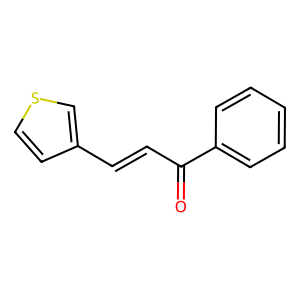
SMILES: O=C(C=Cc1ccsc1)c1ccccc1
Inhibits HIV replication: No